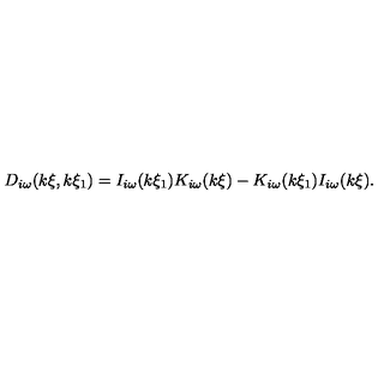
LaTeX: D _ { i \omega } ( k \xi , k \xi _ { 1 } ) = I _ { i \omega } ( k \xi _ { 1 } ) K _ { i \omega } ( k \xi ) - K _ { i \omega } ( k \xi _ { 1 } ) I _ { i \omega } ( k \xi ) .